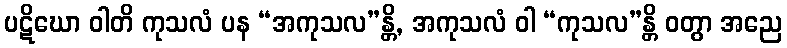
ပဋိဃော ဝါတိ ကုသလံ ပန “အကုသလ”န္တိ, အကုသလံ ဝါ “ကုသလ”န္တိ ဝတွာ အညေ